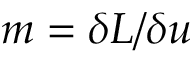
\boldsymbol { m } = \delta L / \delta \boldsymbol { u }